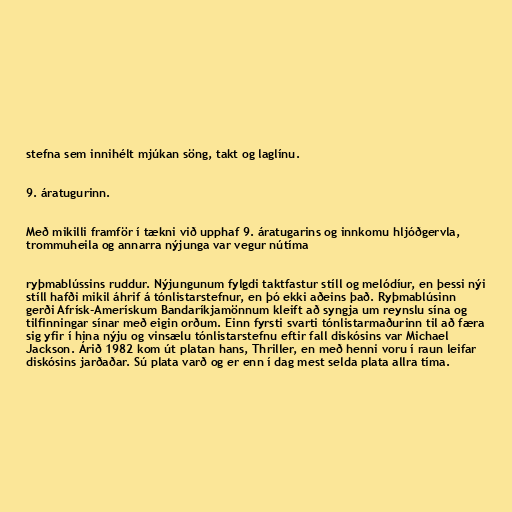
stefna sem innihélt mjúkan söng, takt og laglínu.

9. áratugurinn.

Með mikilli framför í tækni við upphaf 9. áratugarins og innkomu hljóðgervla,
trommuheila og annarra nýjunga var vegur nútíma

ryþmablússins ruddur. Nýjungunum fylgdi taktfastur stíll og melódíur, en þessi nýi
stíll hafði mikil áhrif á tónlistarstefnur, en þó ekki aðeins það. Ryþmablúsinn
gerði Afrísk-Amerískum Bandaríkjamönnum kleift að syngja um reynslu sína og
tilfinningar sínar með eigin orðum. Einn fyrsti svarti tónlistarmaðurinn til að færa
sig yfir í hina nýju og vinsælu tónlistarstefnu eftir fall diskósins var Michael
Jackson. Árið 1982 kom út platan hans, Thriller, en með henni voru í raun leifar
diskósins jarðaðar. Sú plata varð og er enn í dag mest selda plata allra tíma.